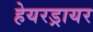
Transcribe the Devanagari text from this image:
हेयरड्रायर